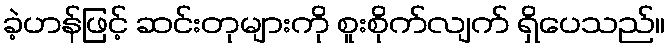
ခဲ့ဟန်ဖြင့် ဆင်းတုများကို စူးစိုက်လျက် ရှိပေသည်။